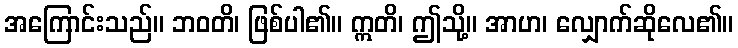
အကြောင်းသည်။ ဘဝတိ၊ ဖြစ်ပါ၏။ ဣတိ၊ ဤသို့။ အာဟ၊ လျှောက်ဆိုလေ၏။